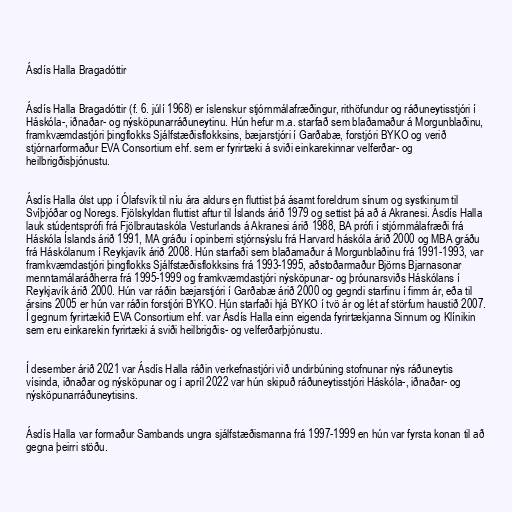
Ásdís Halla Bragadóttir

Ásdís Halla Bragadóttir (f. 6. júlí 1968) er íslenskur stjórnmálafræðingur, rithöfundur og ráðuneytisstjóri í
Háskóla-, iðnaðar- og nýsköpunarráðuneytinu. Hún hefur m.a. starfað sem blaðamaður á Morgunblaðinu,
framkvæmdastjóri þingflokks Sjálfstæðisflokksins, bæjarstjóri í Garðabæ, forstjóri BYKO og verið
stjórnarformaður EVA Consortium ehf. sem er fyrirtæki á sviði einkarekinnar velferðar- og
heilbrigðisþjónustu.

Ásdís Halla ólst upp í Ólafsvík til níu ára aldurs en fluttist þá ásamt foreldrum sínum og systkinum til
Svíþjóðar og Noregs. Fjölskyldan fluttist aftur til Íslands árið 1979 og settist þá að á Akranesi. Ásdís Halla
lauk stúdentsprófi frá Fjölbrautaskóla Vesturlands á Akranesi árið 1988, BA prófi í stjórnmálafræði frá
Háskóla Íslands árið 1991, MA gráðu í opinberri stjórnsýslu frá Harvard háskóla árið 2000 og MBA gráðu
frá Háskólanum í Reykjavík árið 2008. Hún starfaði sem blaðamaður á Morgunblaðinu frá 1991-1993, var
framkvæmdastjóri þingflokks Sjálfstæðisflokksins frá 1993-1995, aðstoðarmaður Björns Bjarnasonar
menntamálaráðherra frá 1995-1999 og framkvæmdastjóri nýsköpunar- og þróunarsviðs Háskólans í
Reykjavík árið 2000. Hún var ráðin bæjarstjóri í Garðabæ árið 2000 og gegndi starfinu í fimm ár, eða til
ársins 2005 er hún var ráðin forstjóri BYKO. Hún starfaði hjá BYKO í tvö ár og lét af störfum haustið 2007.
Í gegnum fyrirtækið EVA Consortium ehf. var Ásdís Halla einn eigenda fyrirtækjanna Sinnum og Klínikin
sem eru einkarekin fyrirtæki á sviði heilbrigðis- og velferðarþjónustu.

Í desember árið 2021 var Ásdís Halla ráðin verkefnastjóri við undirbúning stofnunar nýs ráðuneytis
vísinda, iðnaðar og nýsköpunar og í apríl 2022 var hún skipuð ráðuneytisstjóri Háskóla-, iðnaðar- og
nýsköpunarráðuneytisins.

Ásdís Halla var formaður Sambands ungra sjálfstæðismanna frá 1997-1999 en hún var fyrsta konan til að
gegna þeirri stöðu.